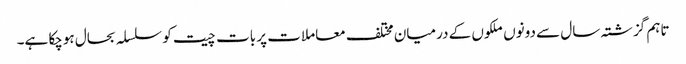
تاہم گزشتہ سال سے دونوں ملکوں کے درمیان مختلف معاملات پر بات چیت کو سلسلہ بحال ہوچکا ہے۔